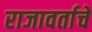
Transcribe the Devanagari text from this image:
राजावर्ताचे